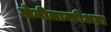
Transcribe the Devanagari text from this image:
सेमीलान्सीअता